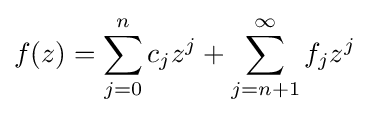
f(z)=\sum _{j=0}^{n}c_{j}z^{j}+\sum _{j=n+1}^{\infty }f_{j}z^{j}